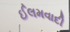
ઈલમવાદી